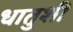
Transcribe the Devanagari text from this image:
धातुशी